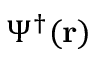
\Psi ^ { \dagger } ( \mathbf { r } )